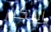
التكرار